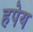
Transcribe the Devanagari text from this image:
हपेय